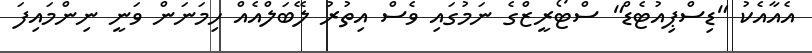
އެއާއެކު "ޑިސްޕިއުޓެޑް" ސްޓޯރީޒްގެ ނަމުގައި ވެސް އިތުރު ލޭބަލްއެއް ހިމަނަން ވަނީ ނިންމައިފަ